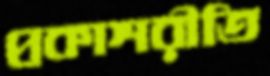
প্রকাশরীতি